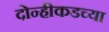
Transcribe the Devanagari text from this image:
दोन्हीकडच्या